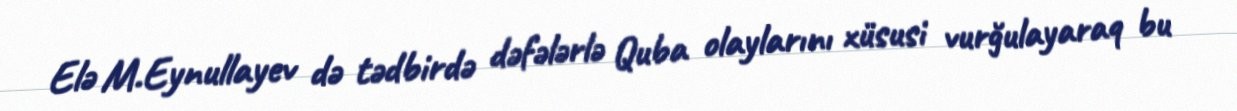
Elə M.Eynullayev də tədbirdə dəfələrlə Quba olaylarını xüsusi vurğulayaraq bu